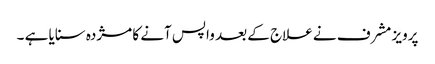
پرویز مشرف نے علاج کے بعد واپس آنے کا مژدہ سنایا ہے ۔